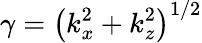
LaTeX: \gamma=\left(k_{x}^{2}+k_{z}^{2}\right)^{1/2}